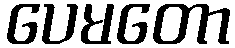
ပေမတော